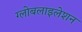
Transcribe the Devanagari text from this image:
ग्‍लोबलाइलेशन